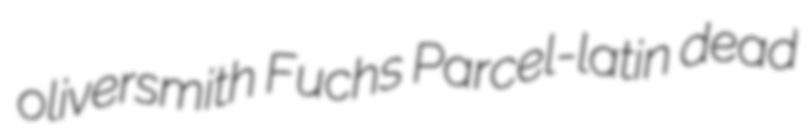
oliversmith Fuchs Parcel-latin dead